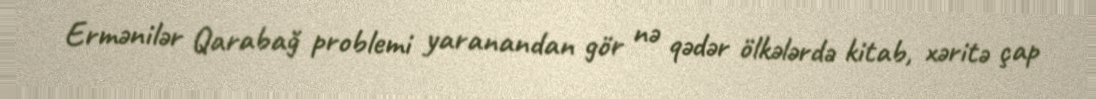
Ermənilər Qarabağ problemi yaranandan gör nə qədər ölkələrdə kitab, xəritə çap